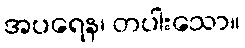
အပရေန၊ တပါးသော။